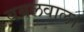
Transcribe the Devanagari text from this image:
बबलवाल।